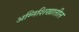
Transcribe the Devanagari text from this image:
अग्निशिखातील